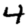
Digit: 4